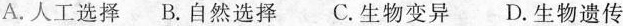
A.人工选择 B.自然选择 C.生物变异 D.生物遗传